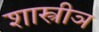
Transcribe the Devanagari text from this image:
शास्त्रीञ